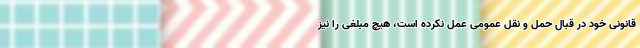
قانونی خود در قبال حمل و نقل عمومی عمل نکرده است، هیچ مبلغی را نیز